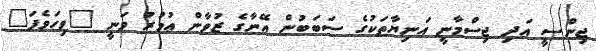
ޖިންސީ އަދި ޖިސްމާނީ އަނިޔާތަކުގެ ސަބަބުން އޭނާގެ ޒުވާން ޢުމުރު ވަނީ "ވިހަވެފަ"